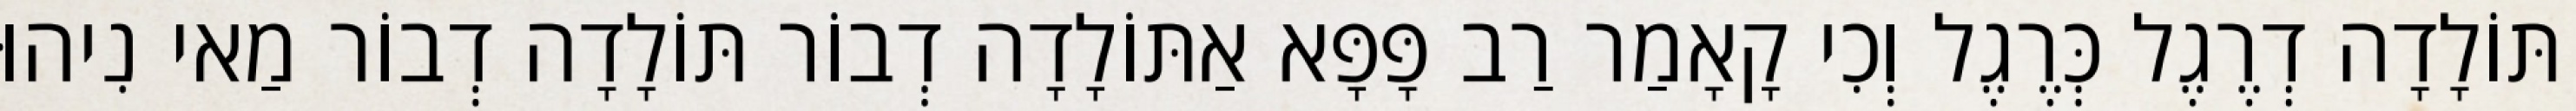
תּוֹלָדָה דְרֶגֶל כְּרֶגֶל וְכִי קָאָמַר רַב פָּפָּא אַתּוֹלָדָה דְבוֹר תּוֹלָדָה דְבוֹר מַאי נִיהוּ